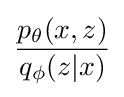
{\frac {p_{\theta }(x,z)}{q_{\phi }(z|x)}}